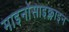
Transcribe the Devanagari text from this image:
माइनोसाइक्लाइन